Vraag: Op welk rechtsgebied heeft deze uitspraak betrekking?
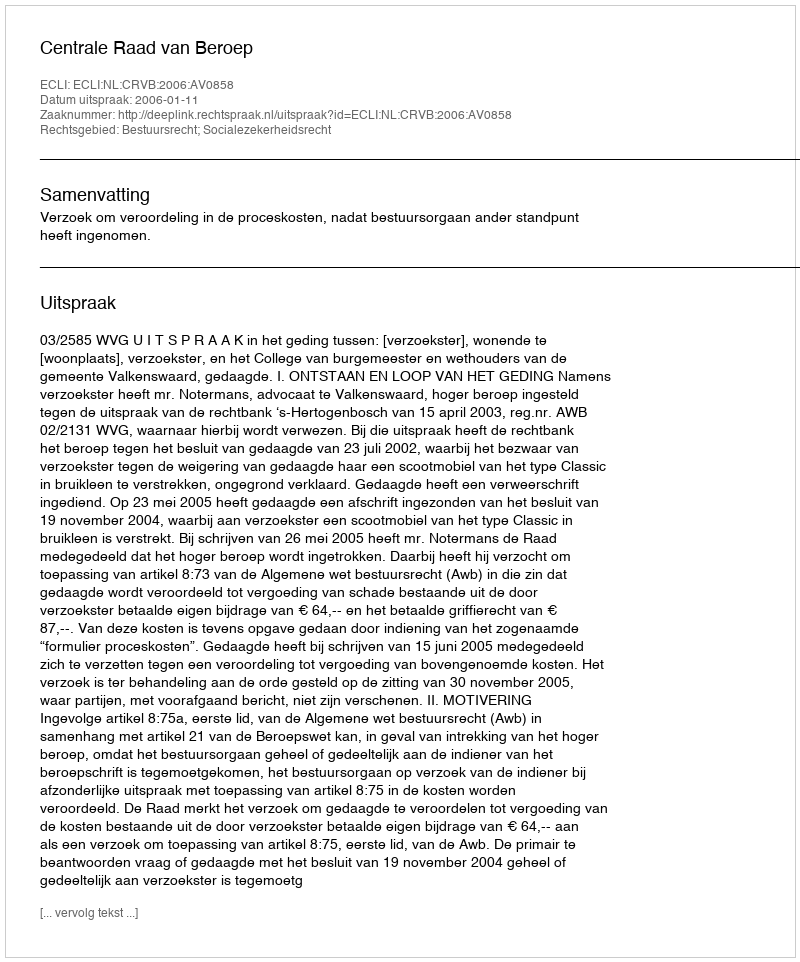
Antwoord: Bestuursrecht; Socialezekerheidsrecht